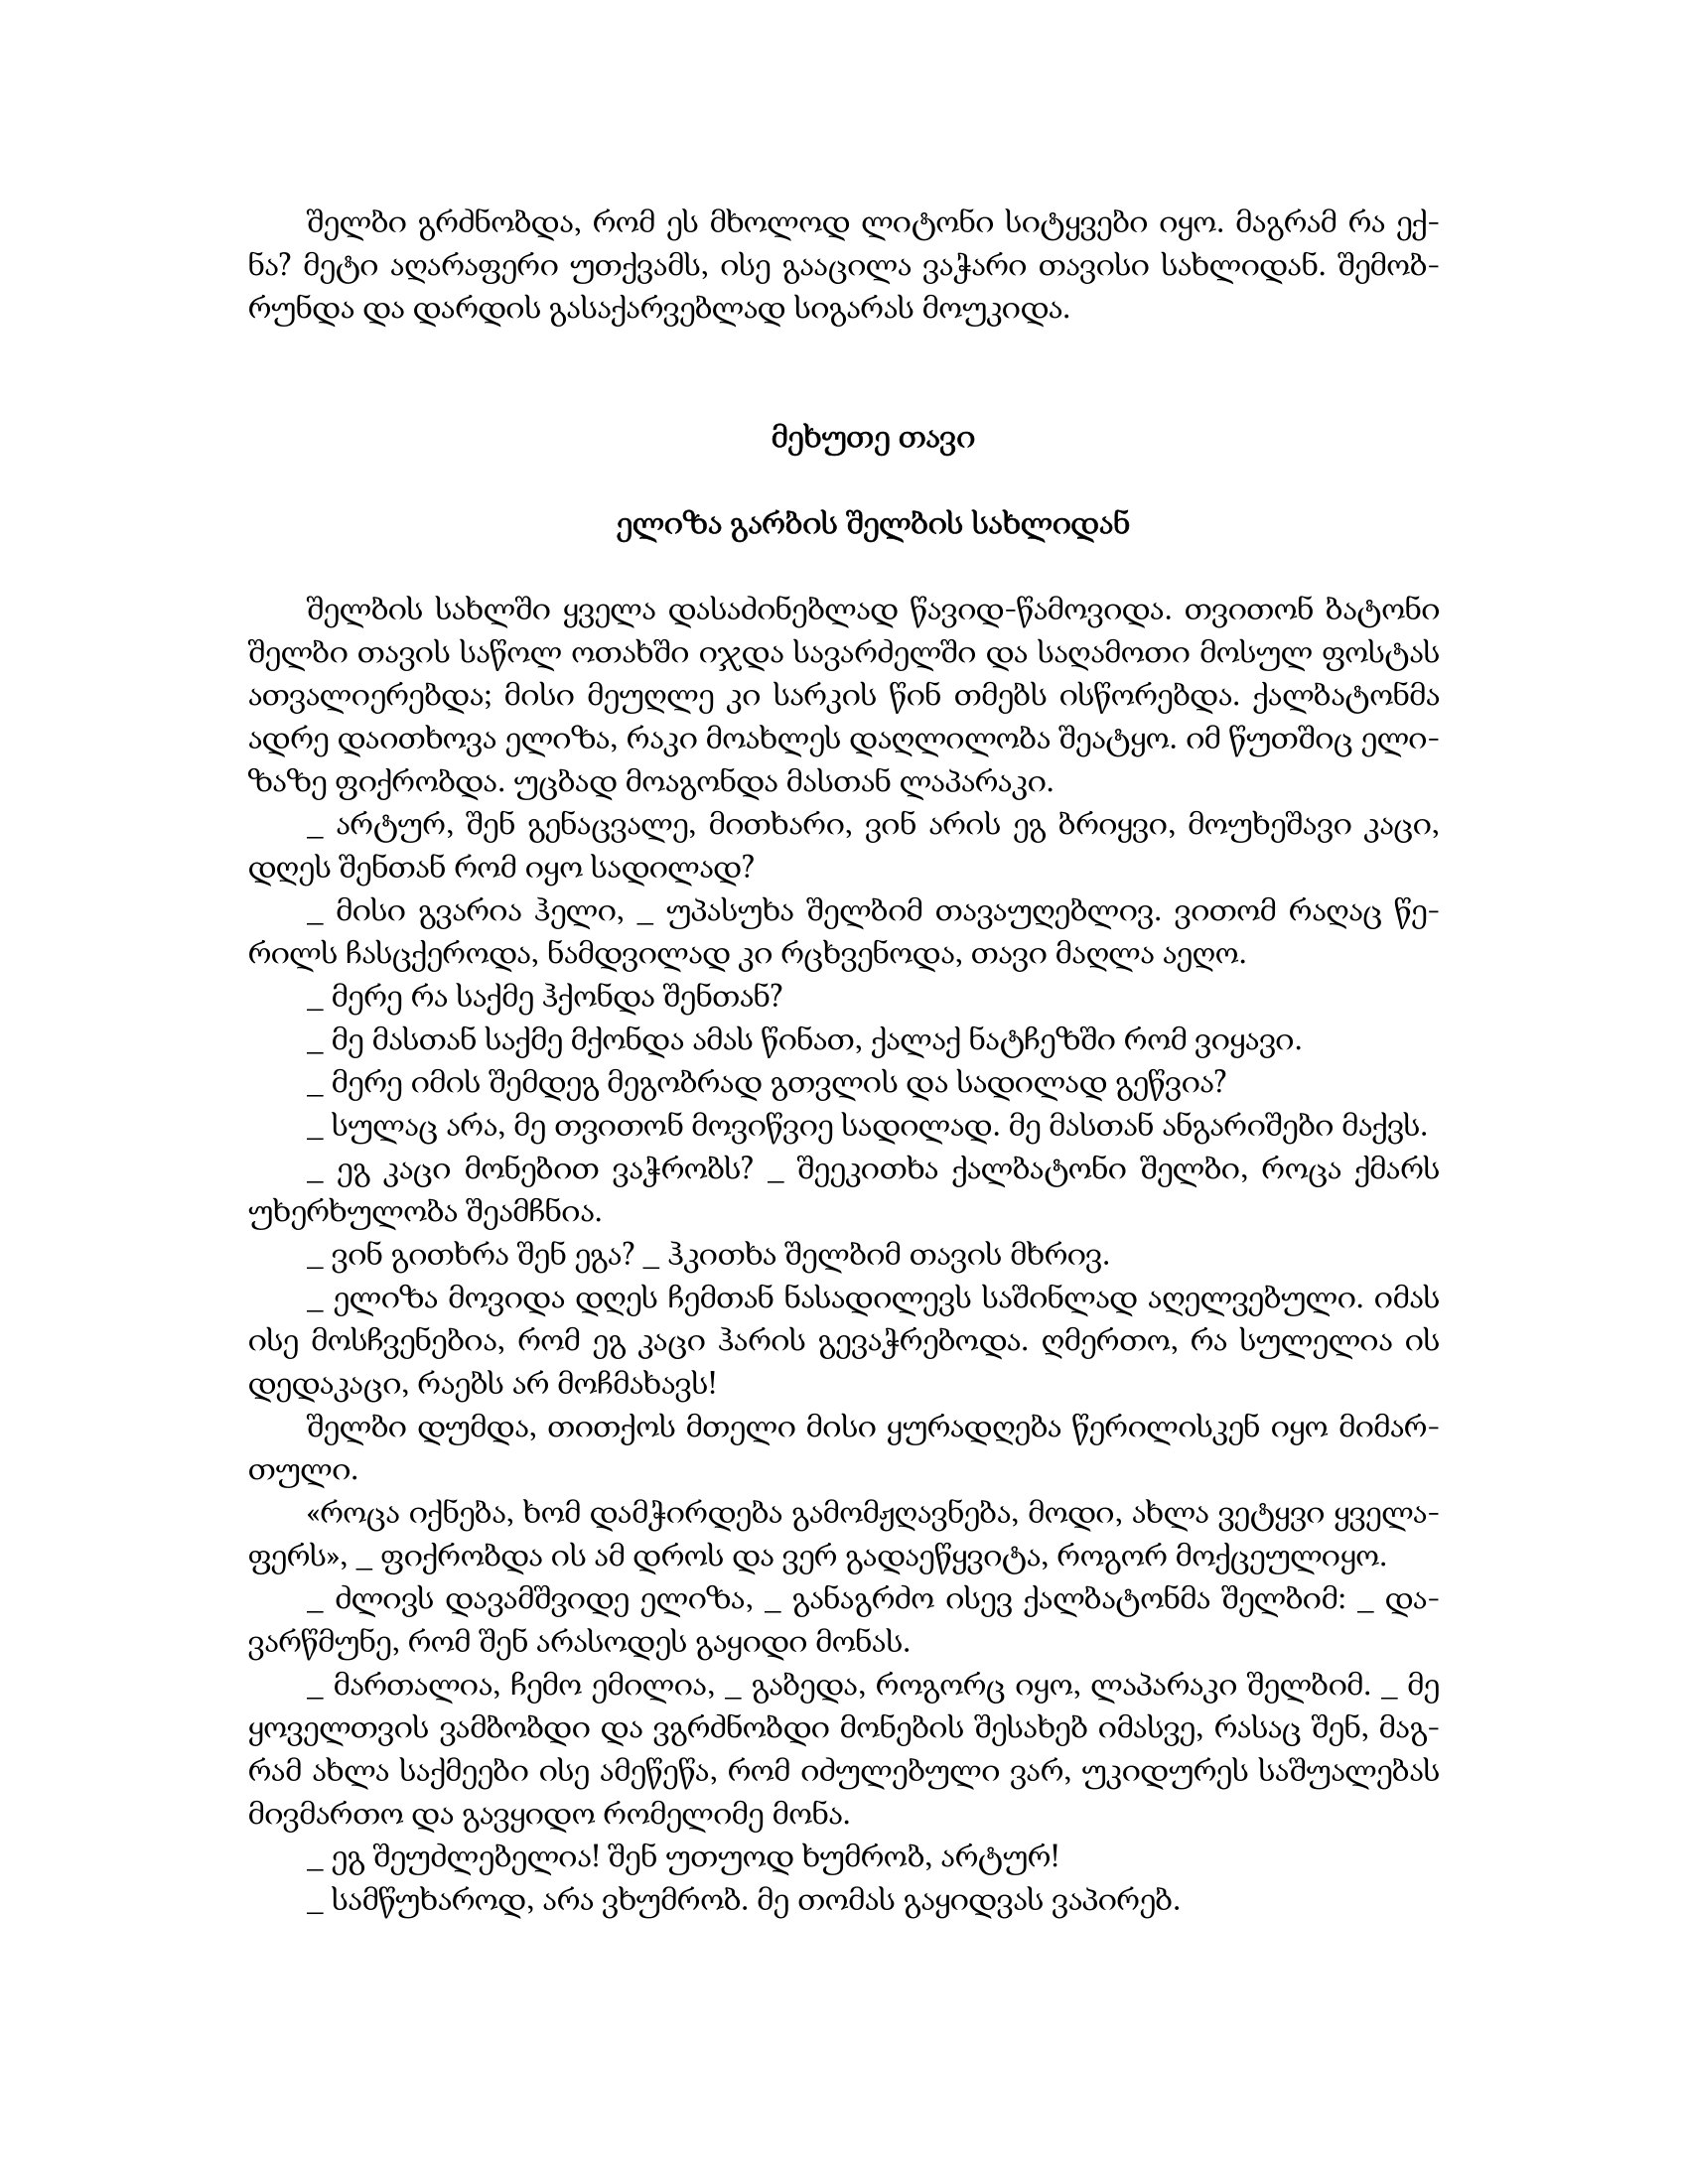
Language: gr